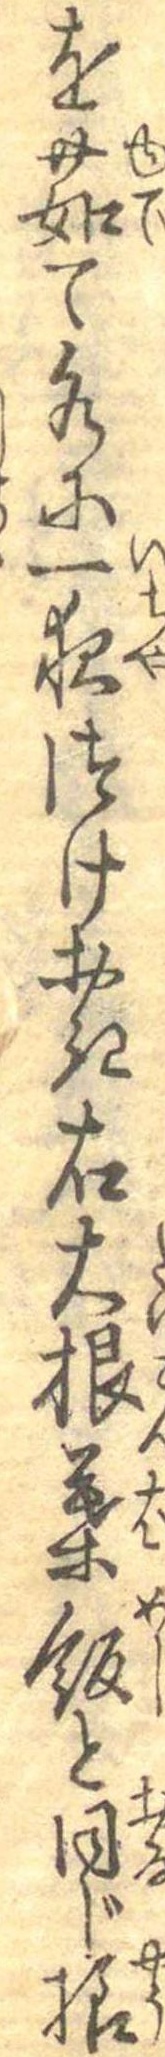
を茹て水に一夜つけおき右大根葉飯と同じ様